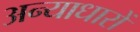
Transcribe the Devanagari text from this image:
अन्याधारों